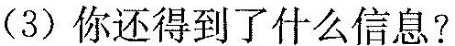
(3)你还得到了什么信息?